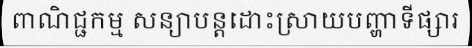
ពាណិជ្ជកម្ម សន្យាបន្តដោះស្រាយបញ្ហាទីផ្សារ